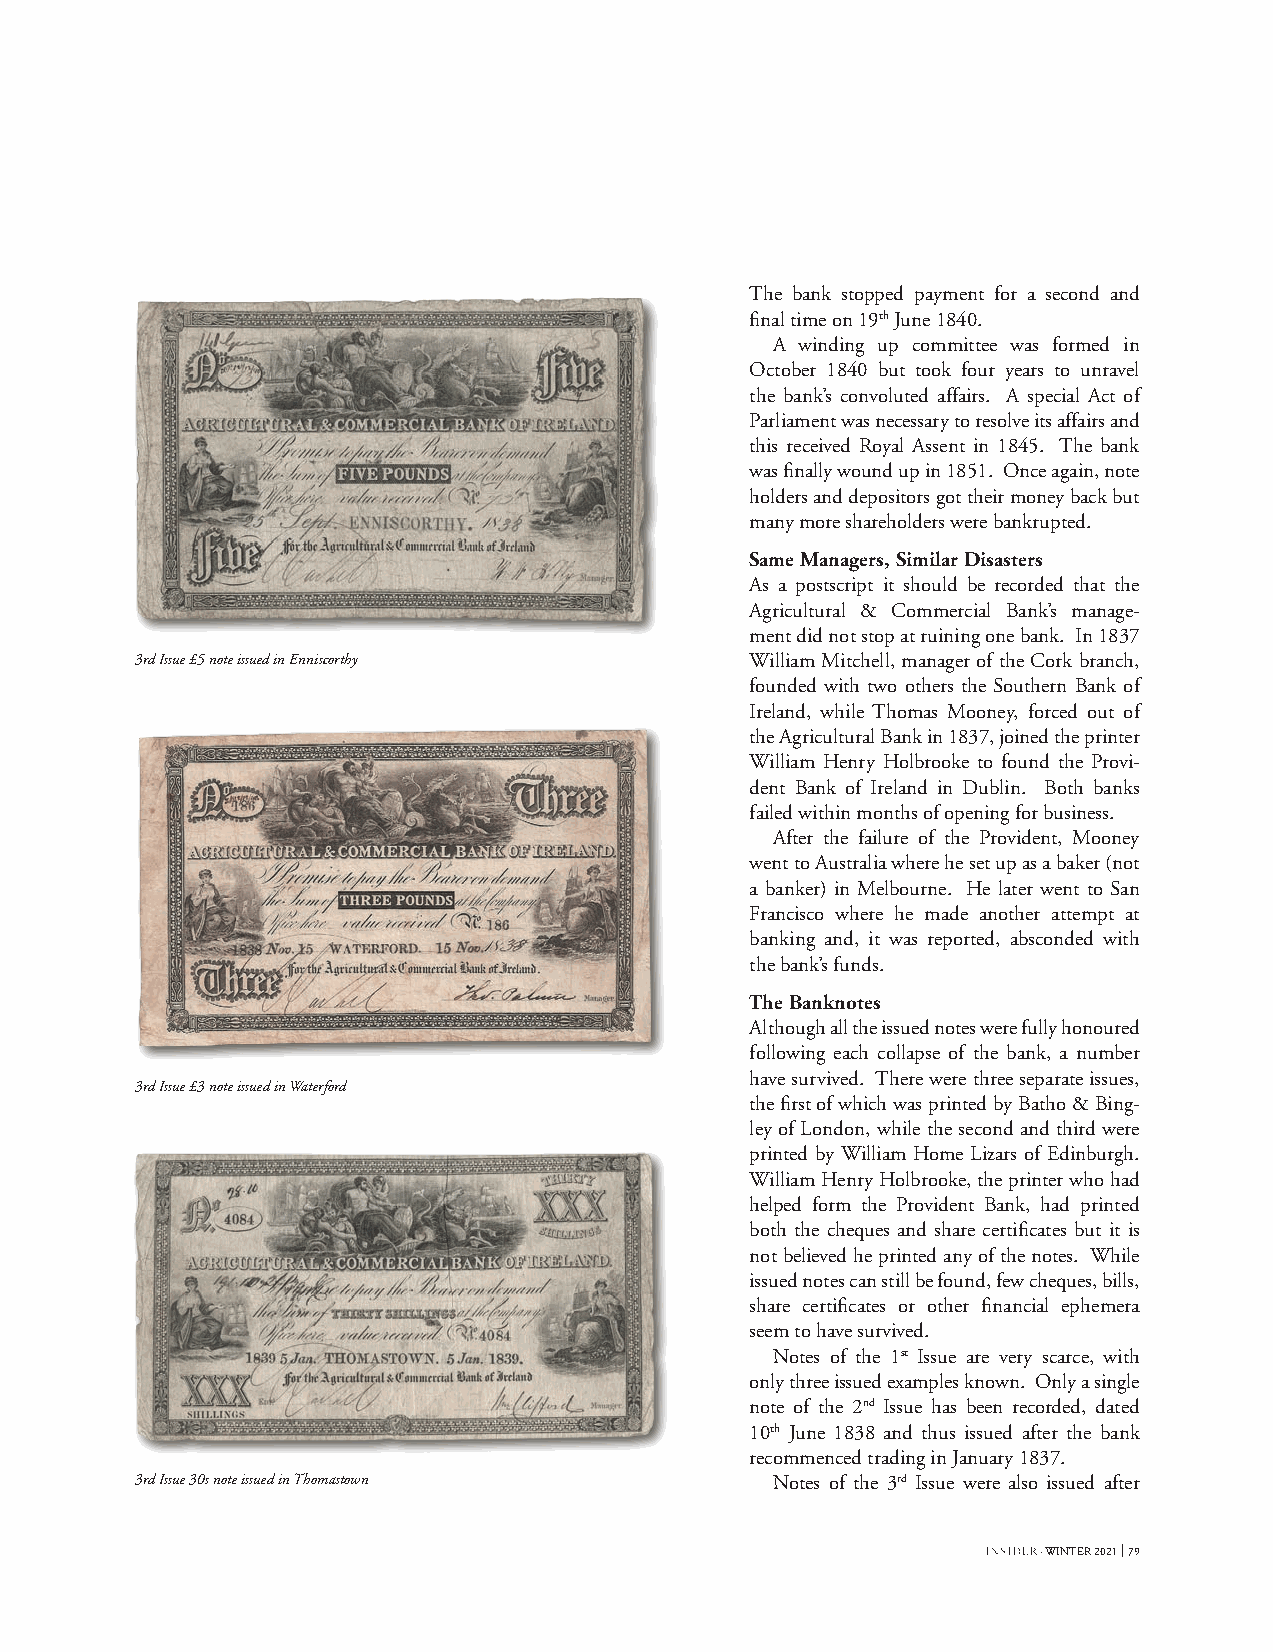
The bank stopped payment for a second and
 final time on 19th June 1840.
 A winding up committee was formed in
 October 1840 but took four years to unravel
 the bank’s convoluted affairs. A special Act of
 Parliament was necessary to resolve its affairs and
 this received Royal Assent in 1845. The bank
 was finally wound up in 1851. Once again, note
 holders and depositors got their money back but
 many more shareholders were bankrupted.
 Same Managers, Similar Disasters
 As a postscript it should be recorded that the
 Agricultural & Commercial Bank’s manage-
 ment did not stop at ruining one bank. In 1837
 3rd Issue £5 note issued in Enniscorthy  William Mitchell, manager of the Cork branch,
 founded with two others the Southern Bank of
 Ireland, while Thomas Mooney, forced out of
 the Agricultural Bank in 1837, joined the printer
 William Henry Holbrooke to found the Provi-
 dent Bank of Ireland in Dublin. Both banks
 failed within months of opening for business.
 After the failure of the Provident, Mooney
 went to Australia where he set up as a baker (not
 a banker) in Melbourne. He later went to San
 Francisco where he made another attempt at
 banking and, it was reported, absconded with
 the bank’s funds.
 The Banknotes
 Although all the issued notes were fully honoured
 following each collapse of the bank, a number
 have survived. There were three separate issues,
 3rd Issue £3 note issued in Waterford
 the first of which was printed by Batho & Bing-
 ley of London, while the second and third were
 printed by William Home Lizars of Edinburgh.
 William Henry Holbrooke, the printer who had
 helped form the Provident Bank, had printed
 both the cheques and share certificates but it is
 not believed he printed any of the notes. While
 issued notes can still be found, few cheques, bills,
 share certificates or other financial ephemera
 seem to have survived.
 Notes of the 1st Issue are very scarce, with
 only three issued examples known. Only a single
 note of the 2nd Issue has been recorded, dated
 10th June 1838 and thus issued after the bank
 recommenced trading in January 1837.
 3rd Issue 30s note issued in Thomastown   Notes of the 3rd Issue were also issued after
 · WINTER 2021 79